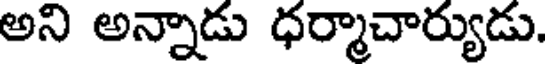
అని అన్నాడు ధర్మాచార్యుడు.